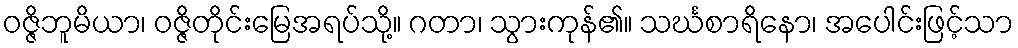
ဝဇ္ဇိဘူမိယာ၊ ဝဇ္ဇိတိုင်းမြေအရပ်သို့။ ဂတာ၊ သွားကုန်၏။ သင်္ဃစာရိနော၊ အပေါင်းဖြင့်သာ